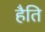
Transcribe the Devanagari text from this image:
हैति